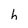
Character: h